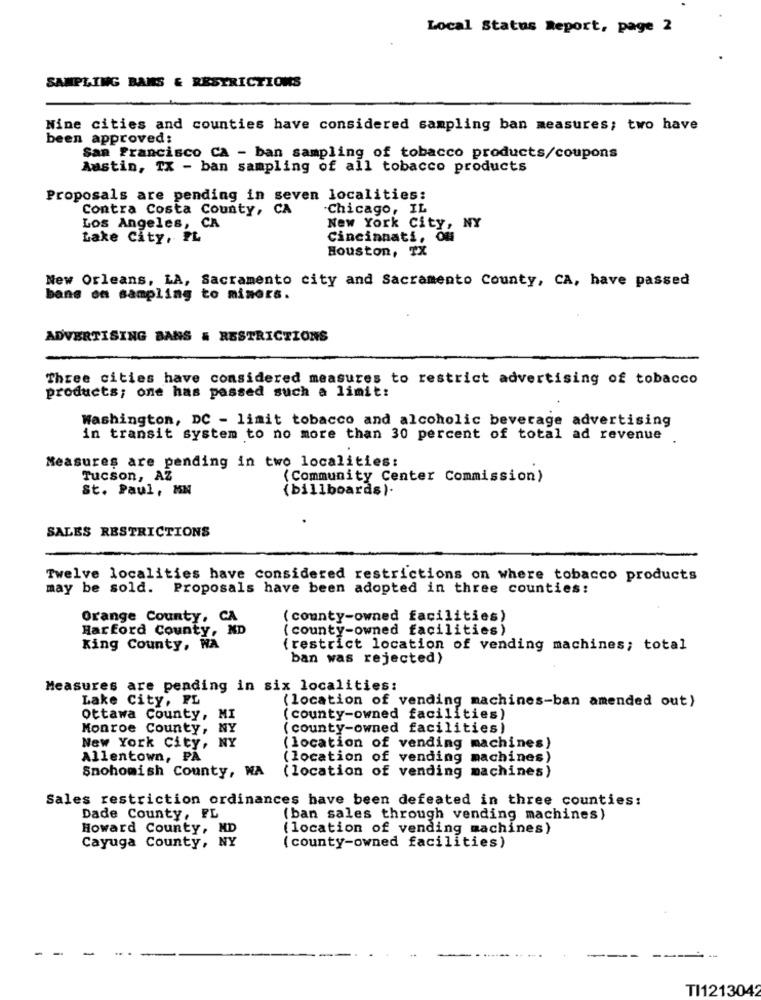
Local Status Report, page 2
SAMPLING BAMS & RESTRICTIONS
Nine cities and counties have considered sampling ban measures; two have
been approved:
San Francisco CA - ban sampling of tobacco products/coupons
Austin, TX - ban sampling of all tobacco products
Proposals are pending in seven localities:
Contra Costa County, CA
Chicago, IL
Los Angeles, CA
New York City, NY
Lake City, PL
Cincinnati, Ou
Houston, TX
New Orleans, LA, Sacramento city and Sacramento County, CA, have passed
bans oa sampling to mimers.
ADVERTISING DANS & RESTRICTIONS
Three cities have considered measures to restrict advertising of tobacco
products; one has passed such a limit:
Washington, DC - limit tobacco and alcoholic beverage advertising
in transit system to no more than 30 percent of total ad revenue
Measures are pending in two localities:
Tucson, AZ
(Community Center Commission)
St. Paul, MN
(billboards).
SALES RESTRICTIONS
Twelve localities have considered restrictions on where tobacco products
may be sold. Proposals have been adopted in three counties:
Orange County, CA
(county-owned facilities)
Harford County, ND
(county-owned facilities)
King County, NA
( restrict location of vending machines; total
ban was rejected)
Measures are pending in six localities:
Lake City, FL
(location of vending machines-ban amended out)
Ottawa County, MI
( county-owned facilities)
Monroe County, NY
(county-owned facilities)
NY
New York City,
(location of vending machines)
Allentown, PA
(location of vending machines)
Snohomish County, WA
(location of vending machines)
Sales restriction ordinances have been defeated in three counties:
Dade County, FL
(ban sales through vending machines)
Howard County, ND
(location of vending machines)
Cayuga County, NY
(county-owned facilities)
TI1213042